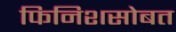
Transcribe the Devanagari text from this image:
फिनिशसोबत